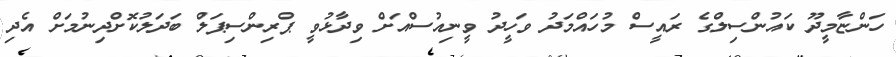
ހަންޏާމީދޫ ކައުންސިލްގެ ރައީސް މުހައްމަދު ވަހީދު ވީނިއުސްއަށް ވިދާޅުވީ ޕްރިންސިޕަލް ބަދަލުކޮށްދިނުމަށް އެދި